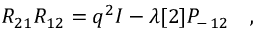
R _ { 2 1 } R _ { 1 2 } = q ^ { 2 } I - \lambda [ 2 ] P _ { - \, 1 2 } \quad ,